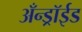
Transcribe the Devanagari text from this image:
अँन्ड्रॉईड